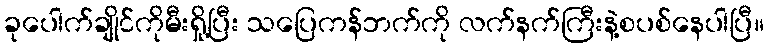
ခုပေါက်ချိုင်ကိုမီးရှို့ပြီး သပြေကန်ဘက်ကို လက်နက်ကြီးနဲ့စပစ်နေပါပြီ။